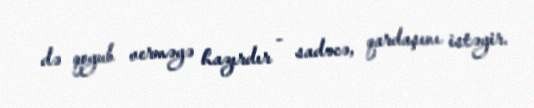
də qoyub verməyə hazırdır - sadəcə, qardaşını istəyir.